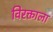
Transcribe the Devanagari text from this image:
विरक्ताला